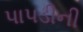
પાપડીની